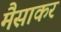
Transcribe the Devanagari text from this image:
मैसाकर